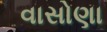
વાસોણા